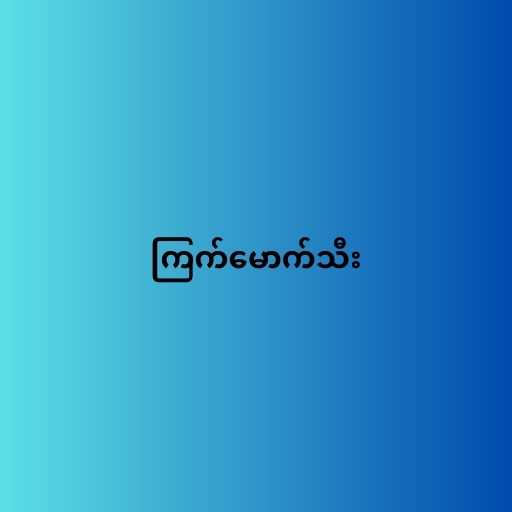
ကြက်မောက်သီး